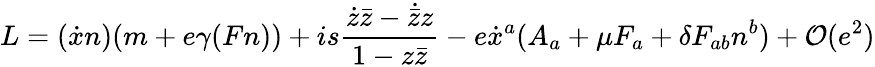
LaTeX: L=(\dot{x}n)(m+e\gamma(Fn))+is\frac{\dot{z}\bar{z}-\dot{\bar{z}}z}{1-z\bar{z}}-e\dot{x}^{a}(A_{a}+\mu F_{a}+\delta F_{ab}n^{b})+{\cal O}(e^{2})